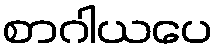
စာဂါယပေ